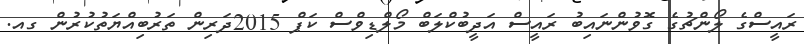
ރައީސްގެ ލޯންޗުގެ ގޮވުންނައިބު ރައީސް އަދީބުކްލަބް މޯލްޑިވްސް ކަޕް 2015ދަރިން ތަރުބިއްޔަތުކުރުން ގއ.